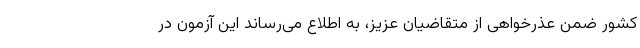
کشور ضمن عذرخواهی از متقاضیان عزیز، به اطلاع می‌رساند این آزمون در